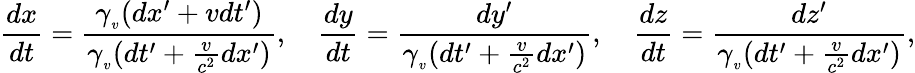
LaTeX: {\frac{dx}{dt}}={\frac{\gamma_{_{v}}(dx^{\prime}+vdt^{\prime})}{\gamma_{_{v}}(dt^{\prime}+{\frac{v}{c^{2}}}dx^{\prime})}},\quad{\frac{dy}{dt}}={\frac{dy^{\prime}}{\gamma_{_{v}}(dt^{\prime}+{\frac{v}{c^{2}}}dx^{\prime})}},\quad{\frac{dz}{dt}}={\frac{dz^{\prime}}{\gamma_{_{v}}(dt^{\prime}+{\frac{v}{c^{2}}}dx^{\prime})}},